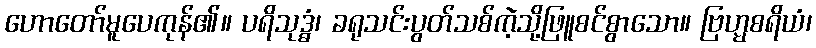
ဟောတော်မူပေကုန်၏။ ပရိသုဒ္ဓံ၊ ခရုသင်းပွတ်သစ်ကဲ့သို့ဖြူစင်စွာသော။ ဗြဟ္မစရိယံ၊